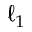
\ell _ { 1 }